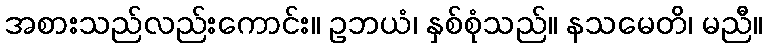
အစားသည်လည်းကောင်း။ ဥဘယံ၊ နှစ်စုံသည်။ နသမေတိ၊ မညီ။